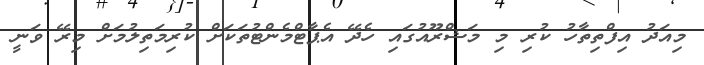
މިއަދު އިފްތިތާހު ކުރި މި މަޝްރޫއުގައި ހެދޭ އެޕާޓްމެންޓުތަކަށް ކުރިމަތިލުމަށް މިރޭ ވަނީ